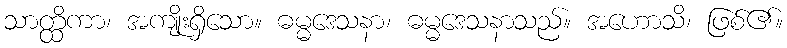
သာတ္ထိကာ၊ အကျိုးရှိသော။ ဓမ္မဒေသနာ၊ ဓမ္မဒေသနာသည်။ အဟောသိ၊ ဖြစ်၏။